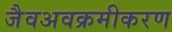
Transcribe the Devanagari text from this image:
जैवअवक्रमीकरण